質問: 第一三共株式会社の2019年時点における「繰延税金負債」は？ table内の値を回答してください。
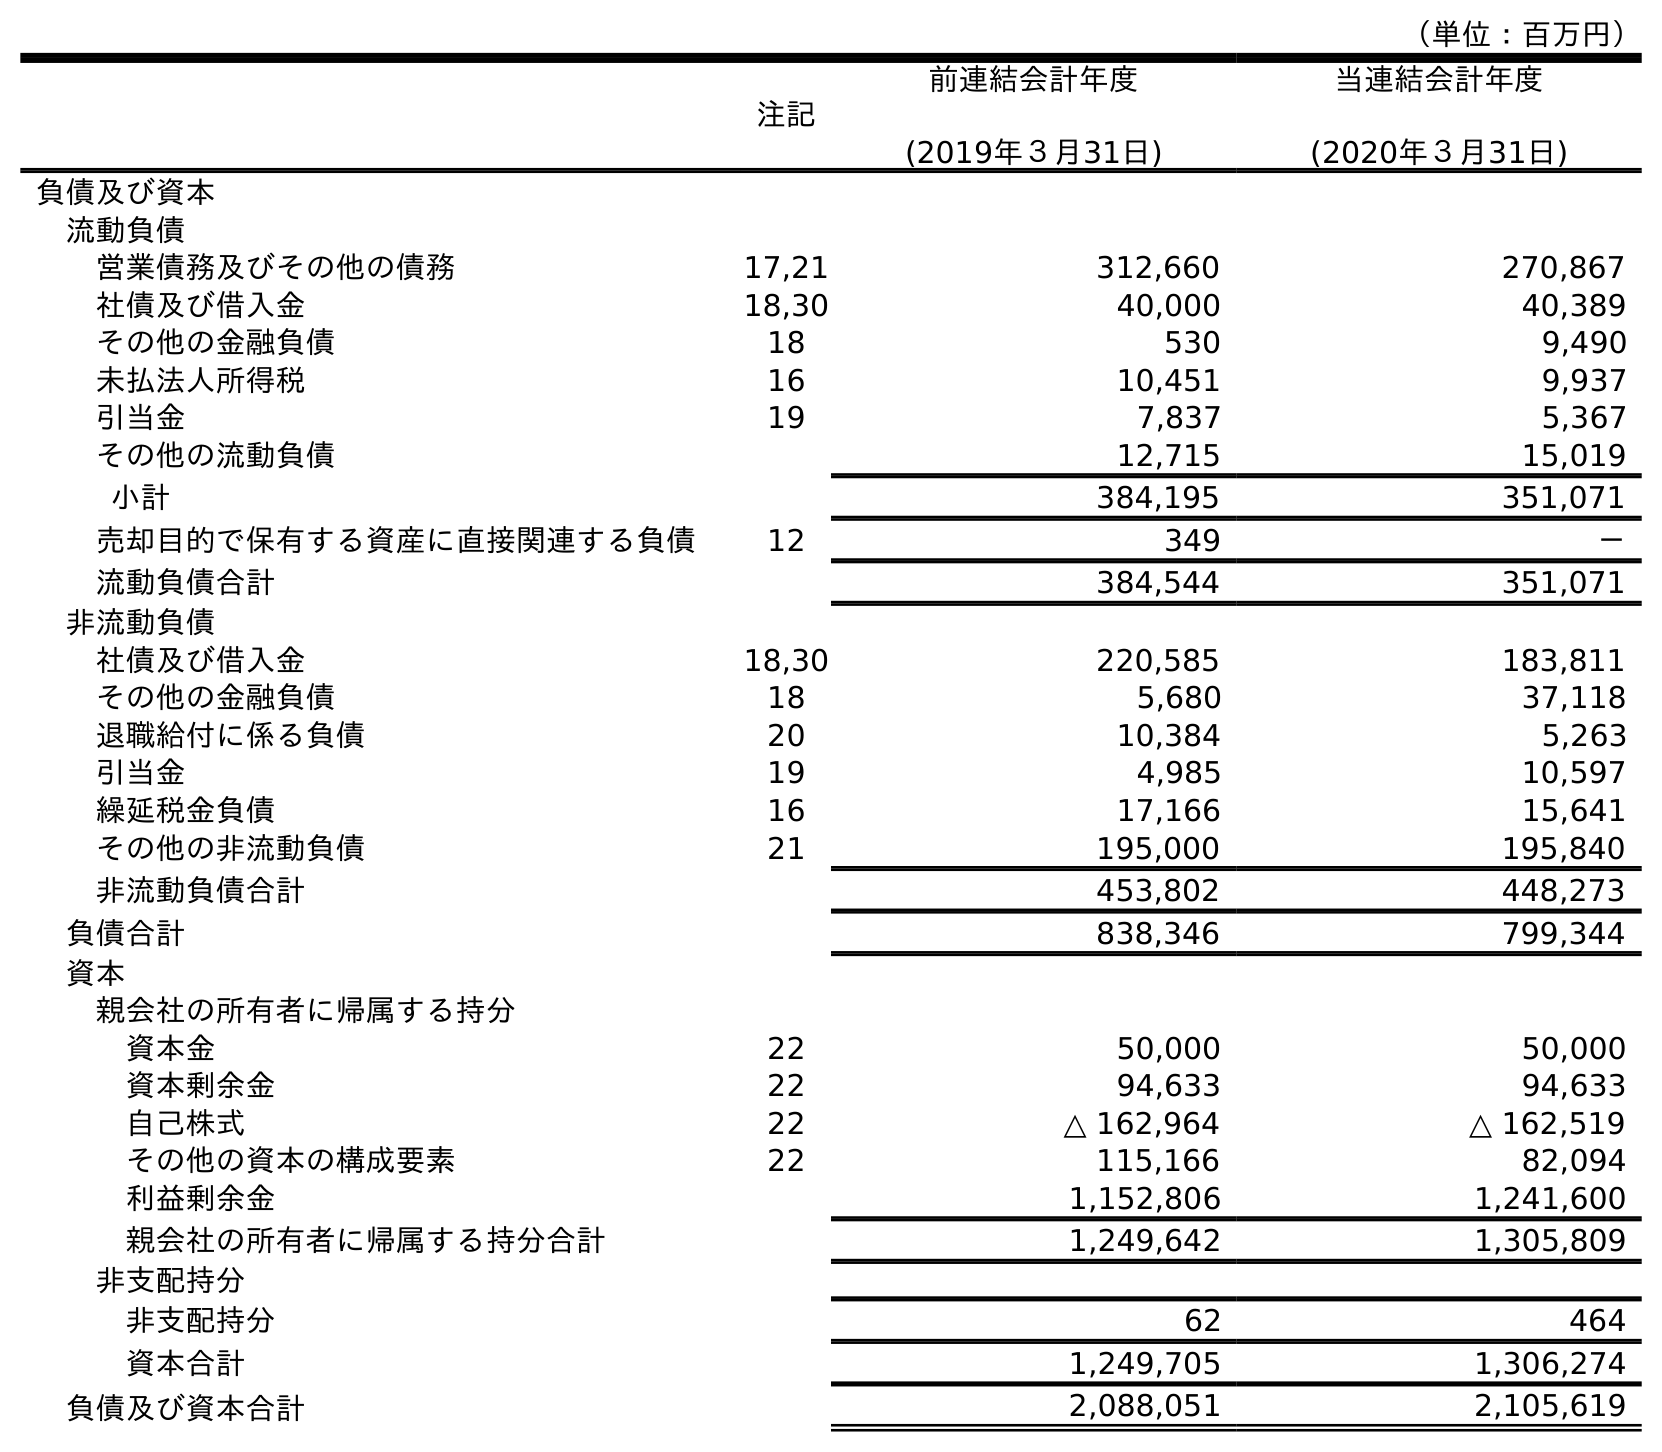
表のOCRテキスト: （単位：百万円） 注記 前連結会計年度 (2019年３月31日) 当連結会計年度 (2020年３月31日) 負債及び資本 流動負債 営業債務及びその他の債務 17,21 312,660 270,867 社債及び借入金 18,30 40,000 40,389 その他の金融負債 18 530 9,490 未払法人所得税 16 10,451 9,937 引当金 19 7,837 5,367 その他の流動負債 12,715 15,019 小計 384,195 351,071 売却目的で保有する資産に直接関連する負債 12 349 － 流動負債合計 384,544 351,071 非流動負債 社債及び借入金 18,30 220,585 183,811 その他の金融負債 18 5,680 37,118 退職給付に係る負債 20 10,384 5,263 引当金 19 4,985 10,597 繰延税金負債 16 17,166 15,641 その他の非流動負債 21 195,000 195,840 非流動負債合計 453,802 448,273 負債合計 838,346 799,344 資本 親会社の所有者に帰属する持分 資本金 22 50,000 50,000 資本剰余金 22 94,633 94,633 自己株式 22 △ 162,964 △ 162,519 その他の資本の構成要素 22 115,166 82,094 利益剰余金 1,152,806 1,241,600 親会社の所有者に帰属する持分合計 1,249,642 1,305,809 非支配持分 非支配持分 62 464 資本合計 1,249,705 1,306,274 負債及び資本合計 2,088,051 2,105,619
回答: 17,166